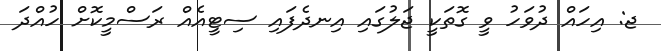
ޖ: އިހައް ދުވަހު ވީ ގޮތަކީ ޖަލުގައި އިނދެފައި ސިޓީއެއް ރަސްމީކޮށް ހުއްދަ